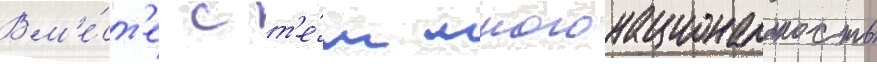
Вм'е́ст'е с т'е́м многонациональность